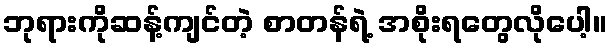
ဘုရားကိုဆန့်ကျင်တဲ့ စာတန်ရဲ့ အစိုးရတွေလိုပေါ့။